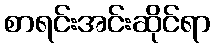
စာရင်းအင်းဆိုင်ရာ